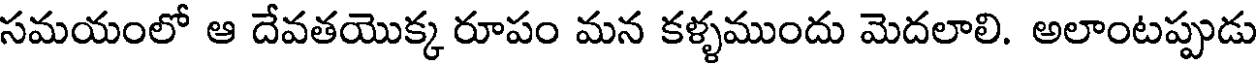
సమయంలో ఆ దేవతయొక్క రూపం మన కళ్ళముందు మెదలాలి. అలాంటప్పుడు